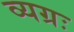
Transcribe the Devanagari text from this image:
व्यग्रः